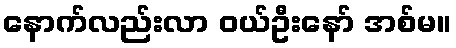
နောက်လည်းလာ ဝယ်ဦးနော် အစ်မ။